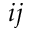
i j